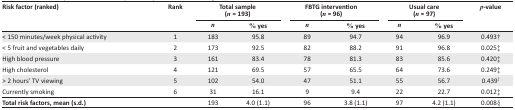
<table><thead><tr><td rowspan="3"><b>Risk factor (ranked)</b></td><td rowspan="3"><b>Rank</b></td><td colspan="2"><b>Total sample (<i>n</i> = 193)</b></td><td colspan="2"><b>FBTG intervention (<i>n</i> = 96)</b></td><td colspan="2"><b>Usual care (<i>n</i> = 97)</b></td><td rowspan="3"><b><i>p</i>-value</b></td></tr><tr><td><b><i>n</i></b></td><td><b>% yes</b></td><td><b><i>n</i></b></td><td><b>% yes</b></td><td><b><i>n</i></b></td><td><b>% yes</b></td></tr></thead><tbody><tr><td>&lt; 150 minutes/week physical activity</td><td>1</td><td>183</td><td>95.8</td><td>89</td><td>94.7</td><td>94</td><td>96.9</td><td>0.493†</td></tr><tr><td>&lt; 5 fruit and vegetables daily</td><td>2</td><td>173</td><td>92.5</td><td>82</td><td>88.2</td><td>91</td><td>96.8</td><td>0.025‡</td></tr><tr><td>High blood pressure</td><td>3</td><td>161</td><td>83.4</td><td>78</td><td>81.3</td><td>83</td><td>85.6</td><td>0.420‡</td></tr><tr><td>High cholesterol</td><td>4</td><td>121</td><td>69.5</td><td>57</td><td>65.5</td><td>64</td><td>73.6</td><td>0.249‡</td></tr><tr><td>&gt; 2 hours’ TV viewing</td><td>5</td><td>102</td><td>54.0</td><td>47</td><td>51.1</td><td>55</td><td>56.7</td><td>0.439<sup>‡</sup></td></tr><tr><td>Currently smoking</td><td>6</td><td>31</td><td>16.1</td><td>9</td><td>9.4</td><td>22</td><td>22.7</td><td>0.012‡</td></tr><tr><td><b>Total risk factors, mean (s.d.)</b></td><td></td><td>193</td><td>4.0 (1.1)</td><td>96</td><td>3.8 (1.1)</td><td>97</td><td>4.2 (1.1)</td><td>0.008§</td></tr></tbody></table>